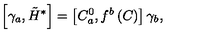
\left[ \gamma _ { a } , \tilde { H } ^ { * } \right] = \left[ C _ { a } ^ { 0 } , f ^ { b } \left( C \right) \right] \gamma _ { b } ,